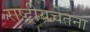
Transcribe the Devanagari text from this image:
राष्ट्रीयचेतना